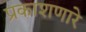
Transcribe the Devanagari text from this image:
प्रकाशणारे